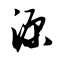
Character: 源